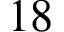
1 8